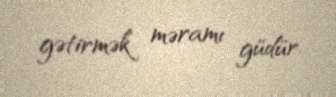
gətirmək məramı güdür.